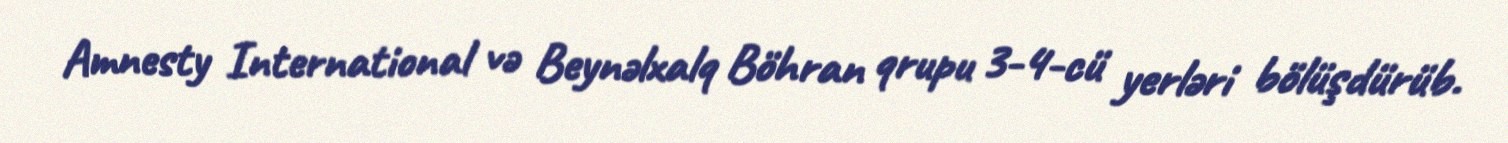
Amnesty International və Beynəlxalq Böhran qrupu 3-4-cü yerləri bölüşdürüb.